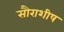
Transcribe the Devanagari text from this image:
सौराशीष